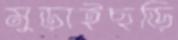
মুড়াইছড়ি